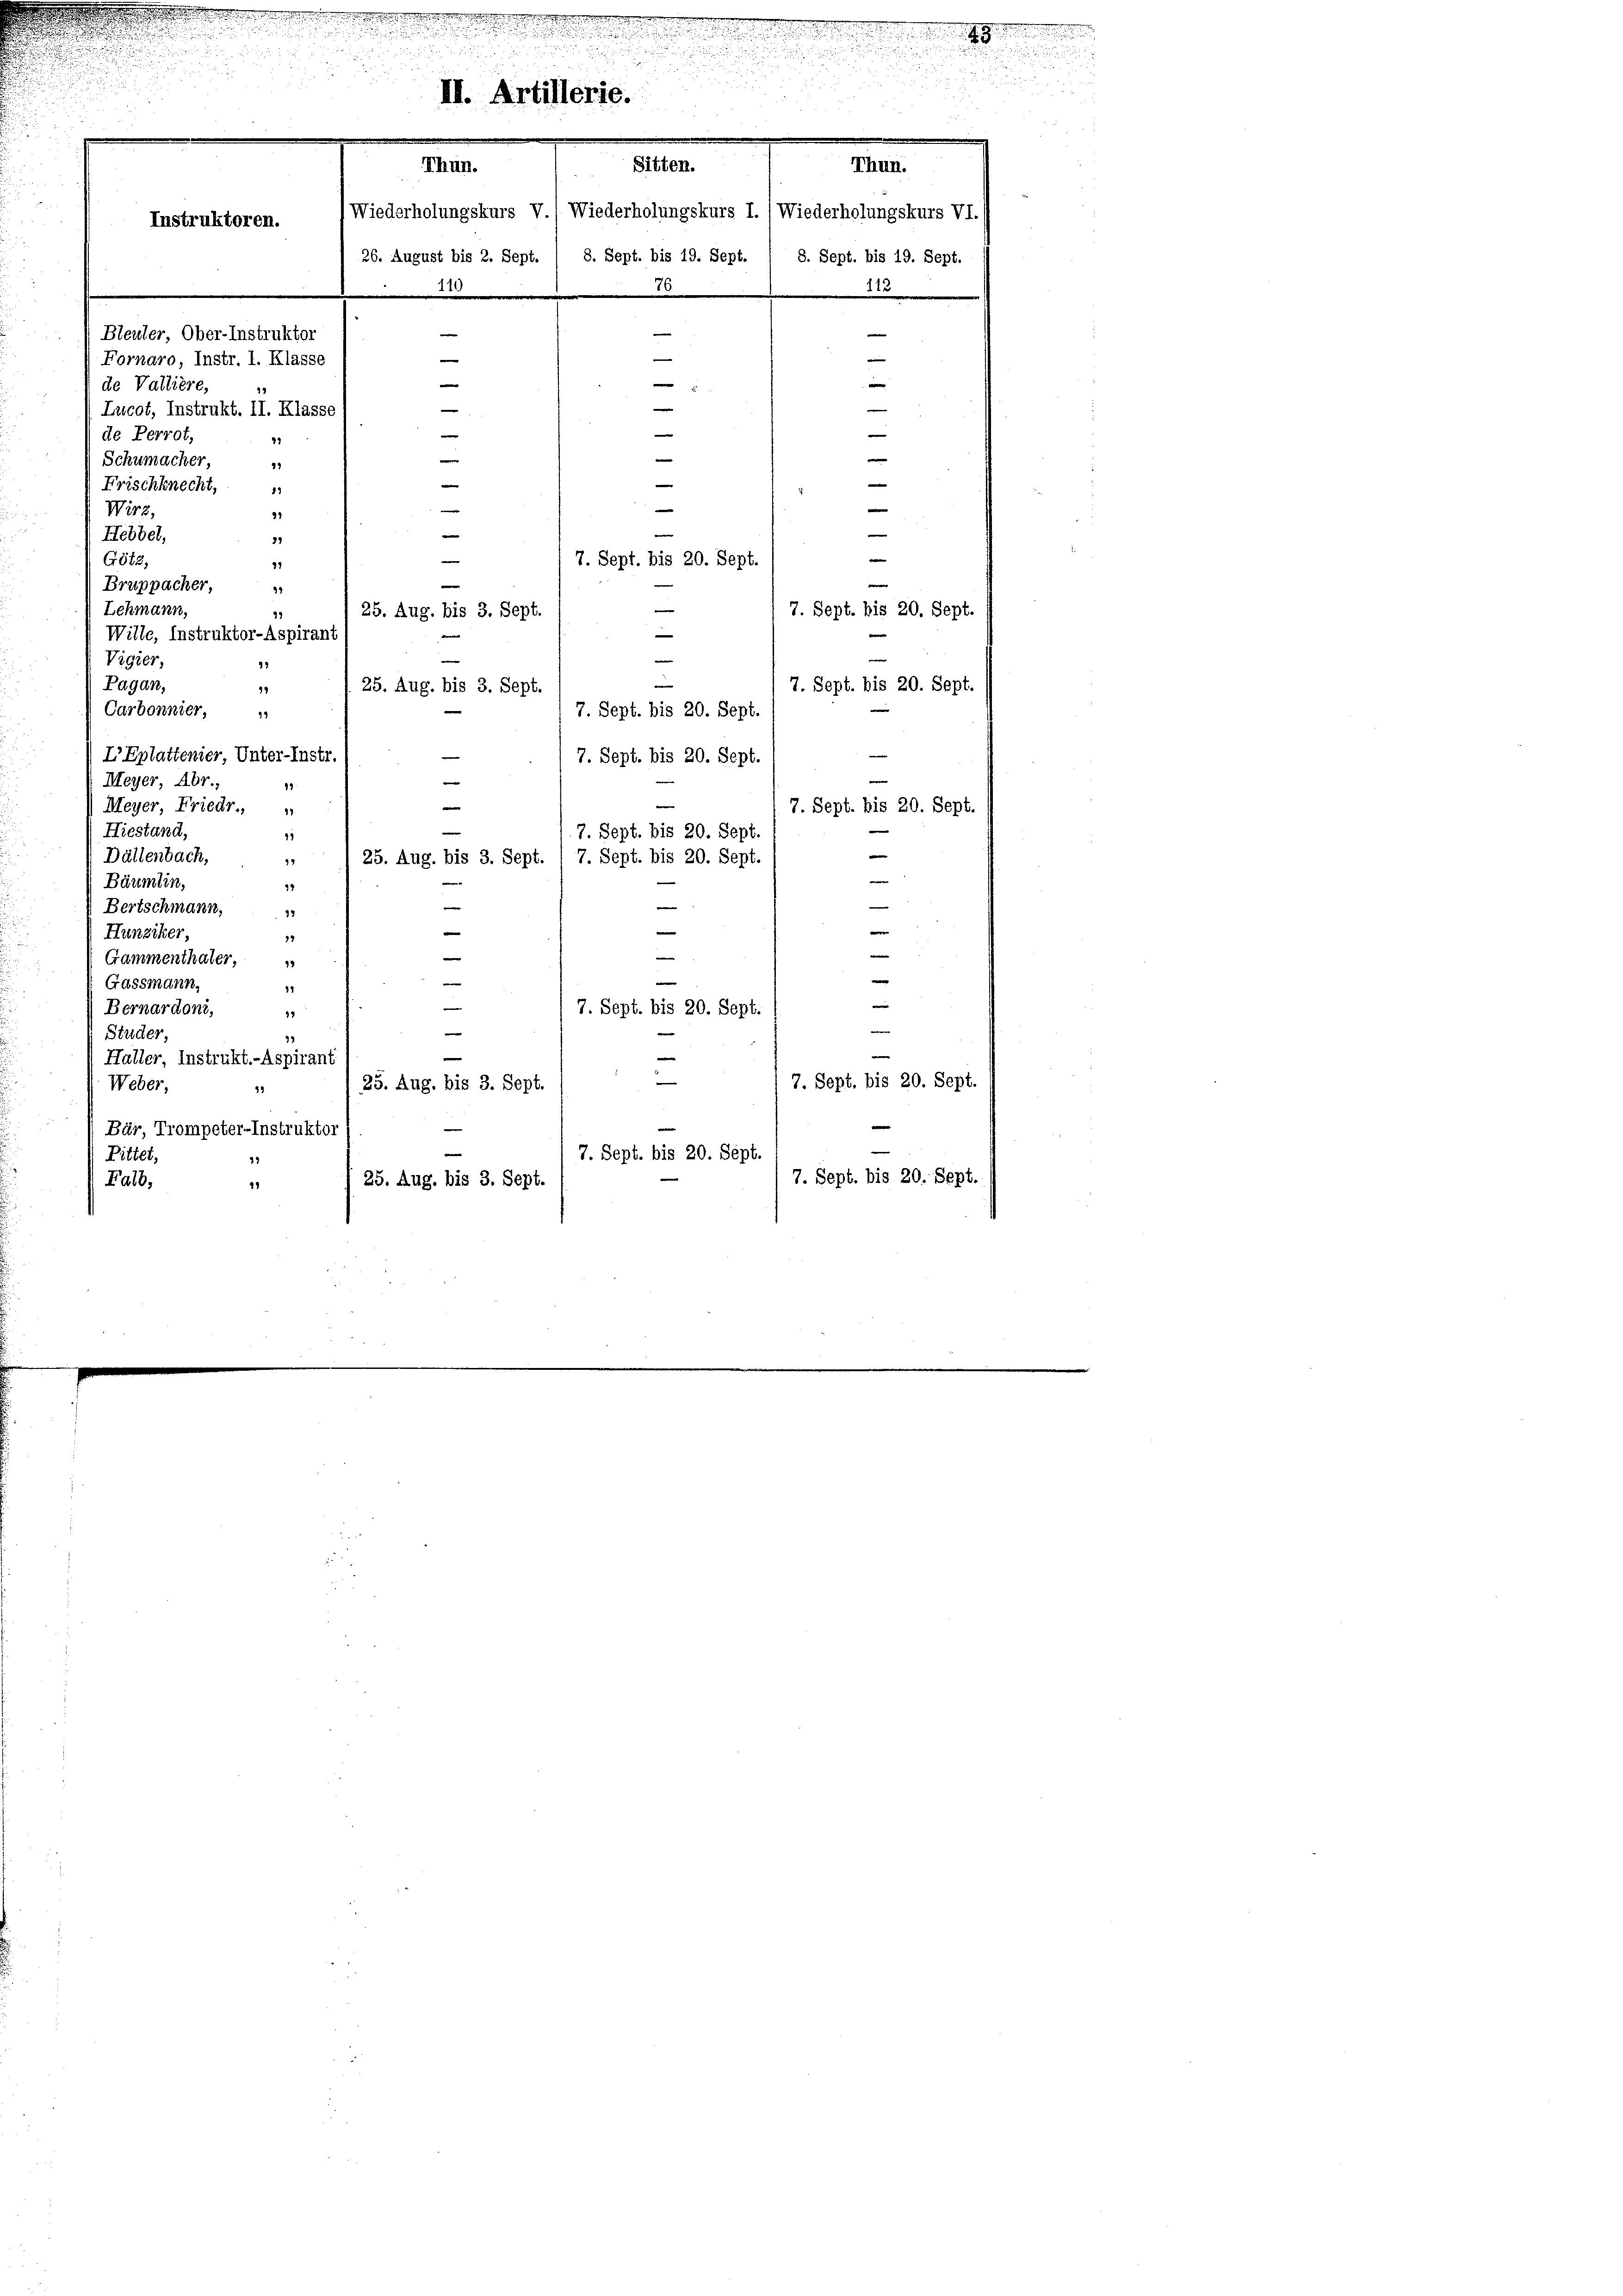
Instruktoren.

u

Bleuler, Ober-Instruktor
Fornaro, Instr. I. Klasse
de Vallière,
Lucot, Instrukt. II. Klasse

es in der eine

II. Artillerie.
.
Sitten.
Thun.
Thun.
Wiederholungskurs V., Wiederholungskurs I. / Wiederholungskurs VI.
e
26. August bis 2. Sept. / 8. Sept. bis 19. Sept. 1 8. Sept. bis 19. Sept.
10
1
0
e
—

—
e
e
x
n

e
e
e
|
—
e
e
e
e
e
e
e
e
e
e

de Perrot,
Schumacher,
41
Frischknecht,
Wirz,
91
Hebbel,
37
e
Götz,
7. Sept. bis 20. Sept.
91
Bruppacher,
49
e
Lehmann,
7. Sept. bis 20. Sept.
25. Aug. bis 3. Sept.
13
—
Wille, Instruktor-Aspirant
Vigier,
92
2
Pagan,
7. Sept. bis 20. Sept.
25. Aug. bis 3. Sept.
74
Carbonnier,
7. Sept. bis 20. Sept.
L’Eplattenier, Unter-Instr.
7. Sept. bis 20. Sept.
Meyer, Abr.,
.
e
Meyer, Friedr.
7. Sept. bis 20. Sept.
Hiestand,
7. Sept. bis 20. Sept.
41
e
Dältenbach,
94
25. Aug. bis 3. Sept. 1 7. Sept. bis 20. Sept.

Bäumlin,
.
94
e
—
e
Bertschmann,
12
e
e
Hunziker,
92
e
Gammenthaler,
e
Gassmann,
11
|
Bernardoni,
7. Sept. bis 20. Sept.
17
e
Studer,
92
Haller, Instrukt.-Aspirant
e
7. Sept. bis 20. Sept.
Weber,
25. Aug. bis 3. Sept.
29
Bür, Trompeter-Instruktor
Pittet,
7. Sept. bis 20. Sept.
7. Sept. bis 20. Sept.
Falb,
 25. Aug. bis 3. Sept.
11

Bunden
a